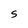
Character: S